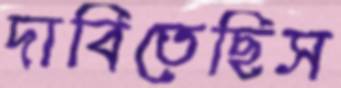
দাবিতেছিস